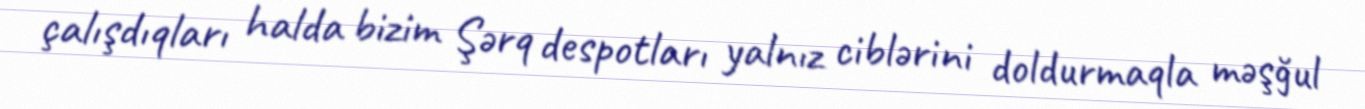
çalışdıqları halda bizim Şərq despotları yalnız ciblərini doldurmaqla məşğul